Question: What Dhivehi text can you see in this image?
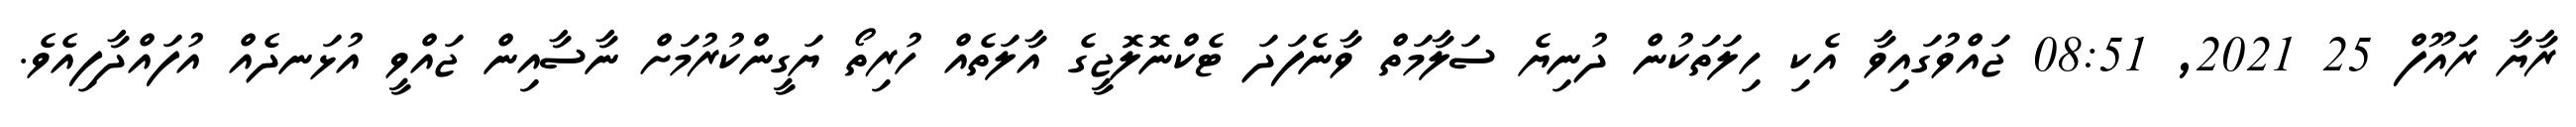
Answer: ރާޔާ ރައޫފް 25 2021, 08:51 ޖައްވުގައިވާ އެކި ހިލަތަކުން ދުނިޔެ ސަލާމަތް ވާނެފަދަ ޓެކްނޮލޮޖީގެ އާލަތެއް ހުރިތޯ ޔަގީންކުރުމަށް ނާސާއިން ޖައްވީ އުޅަނދެއް އުފައްދާފިއެވެ.